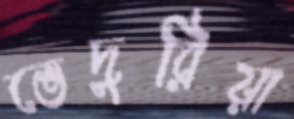
ভেদুরিয়া